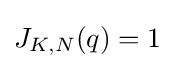
J_{K,N}(q)=1